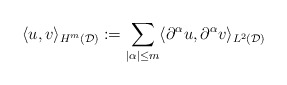
\begin{align*} \langle u,v\rangle_{H^m(\mathcal{D})} := \sum_{|\alpha|\leq m} \langle \partial^{\alpha}u,\partial^{\alpha}v\rangle_{L^2(\mathcal{D})}\end{align*}